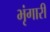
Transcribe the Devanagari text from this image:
भृंगारी